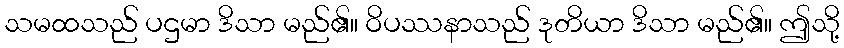
သမထသည် ပဌမာ ဒိသာ မည်၏။ ဝိပဿနာသည် ဒုတိယာ ဒိသာ မည်၏။ ဤသို့